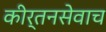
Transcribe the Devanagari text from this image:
कीर्तनसेवाच